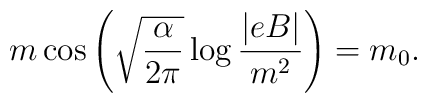
m\cos\left(\sqrt{\frac{\alpha}{2\pi}}\log\frac{|eB|}{m^2}\right)=m_0.